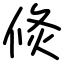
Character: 倐